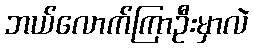
ဘယ်လောက်ကြာဦးမှာလဲ